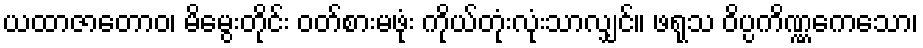
ယထာဇာတောဝ၊ မိမွေးတိုင်း ဝတ်စားမဖုံး ကိုယ်တုံးလုံးသာလျှင်။ ဖရုသ ဝိပ္ပကိဏ္ဏကေသော၊